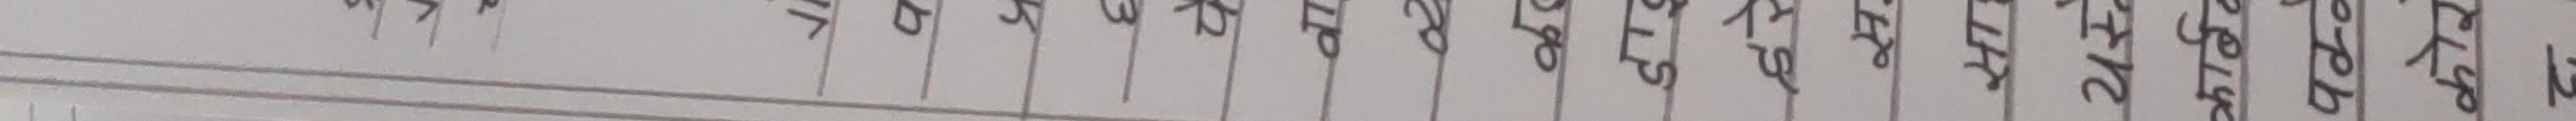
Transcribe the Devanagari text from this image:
रुपैया